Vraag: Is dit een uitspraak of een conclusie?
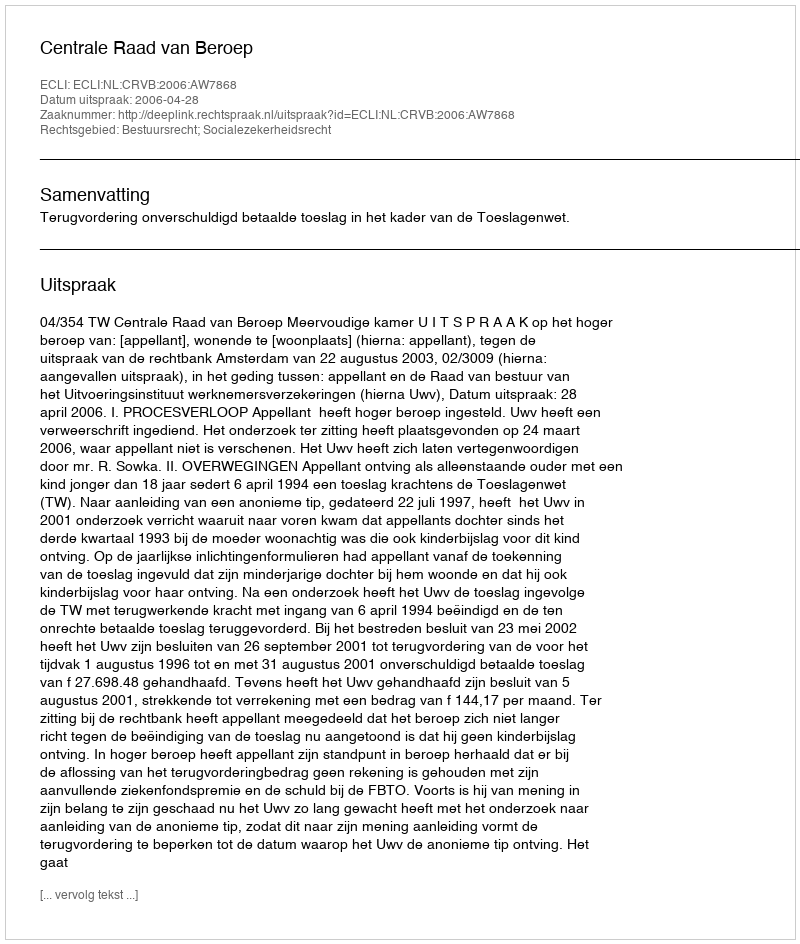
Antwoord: Uitspraak